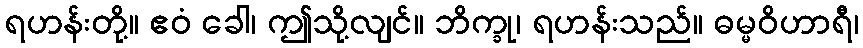
ရဟန်းတို့။ ဧဝံ ခေါ၊ ဤသို့လျင်။ ဘိက္ခု၊ ရဟန်းသည်။ ဓမ္မဝိဟာရီ၊